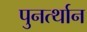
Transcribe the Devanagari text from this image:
पुनर्त्थान